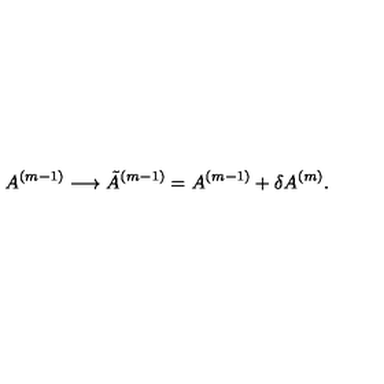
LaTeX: A ^ { ( m - 1 ) } \longrightarrow { \tilde { A } } ^ { ( m - 1 ) } = A ^ { ( m - 1 ) } + { \delta A ^ { ( m ) } } .